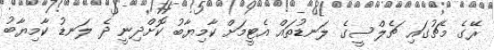
ރޭގެ މެޗުގައި ޗެލްސީގެ ލަނޑުތައް އެޓީމަށް ކާމިޔާބު ކޮށްދިނީ ދެ ލަނޑު ކާމިޔާބު